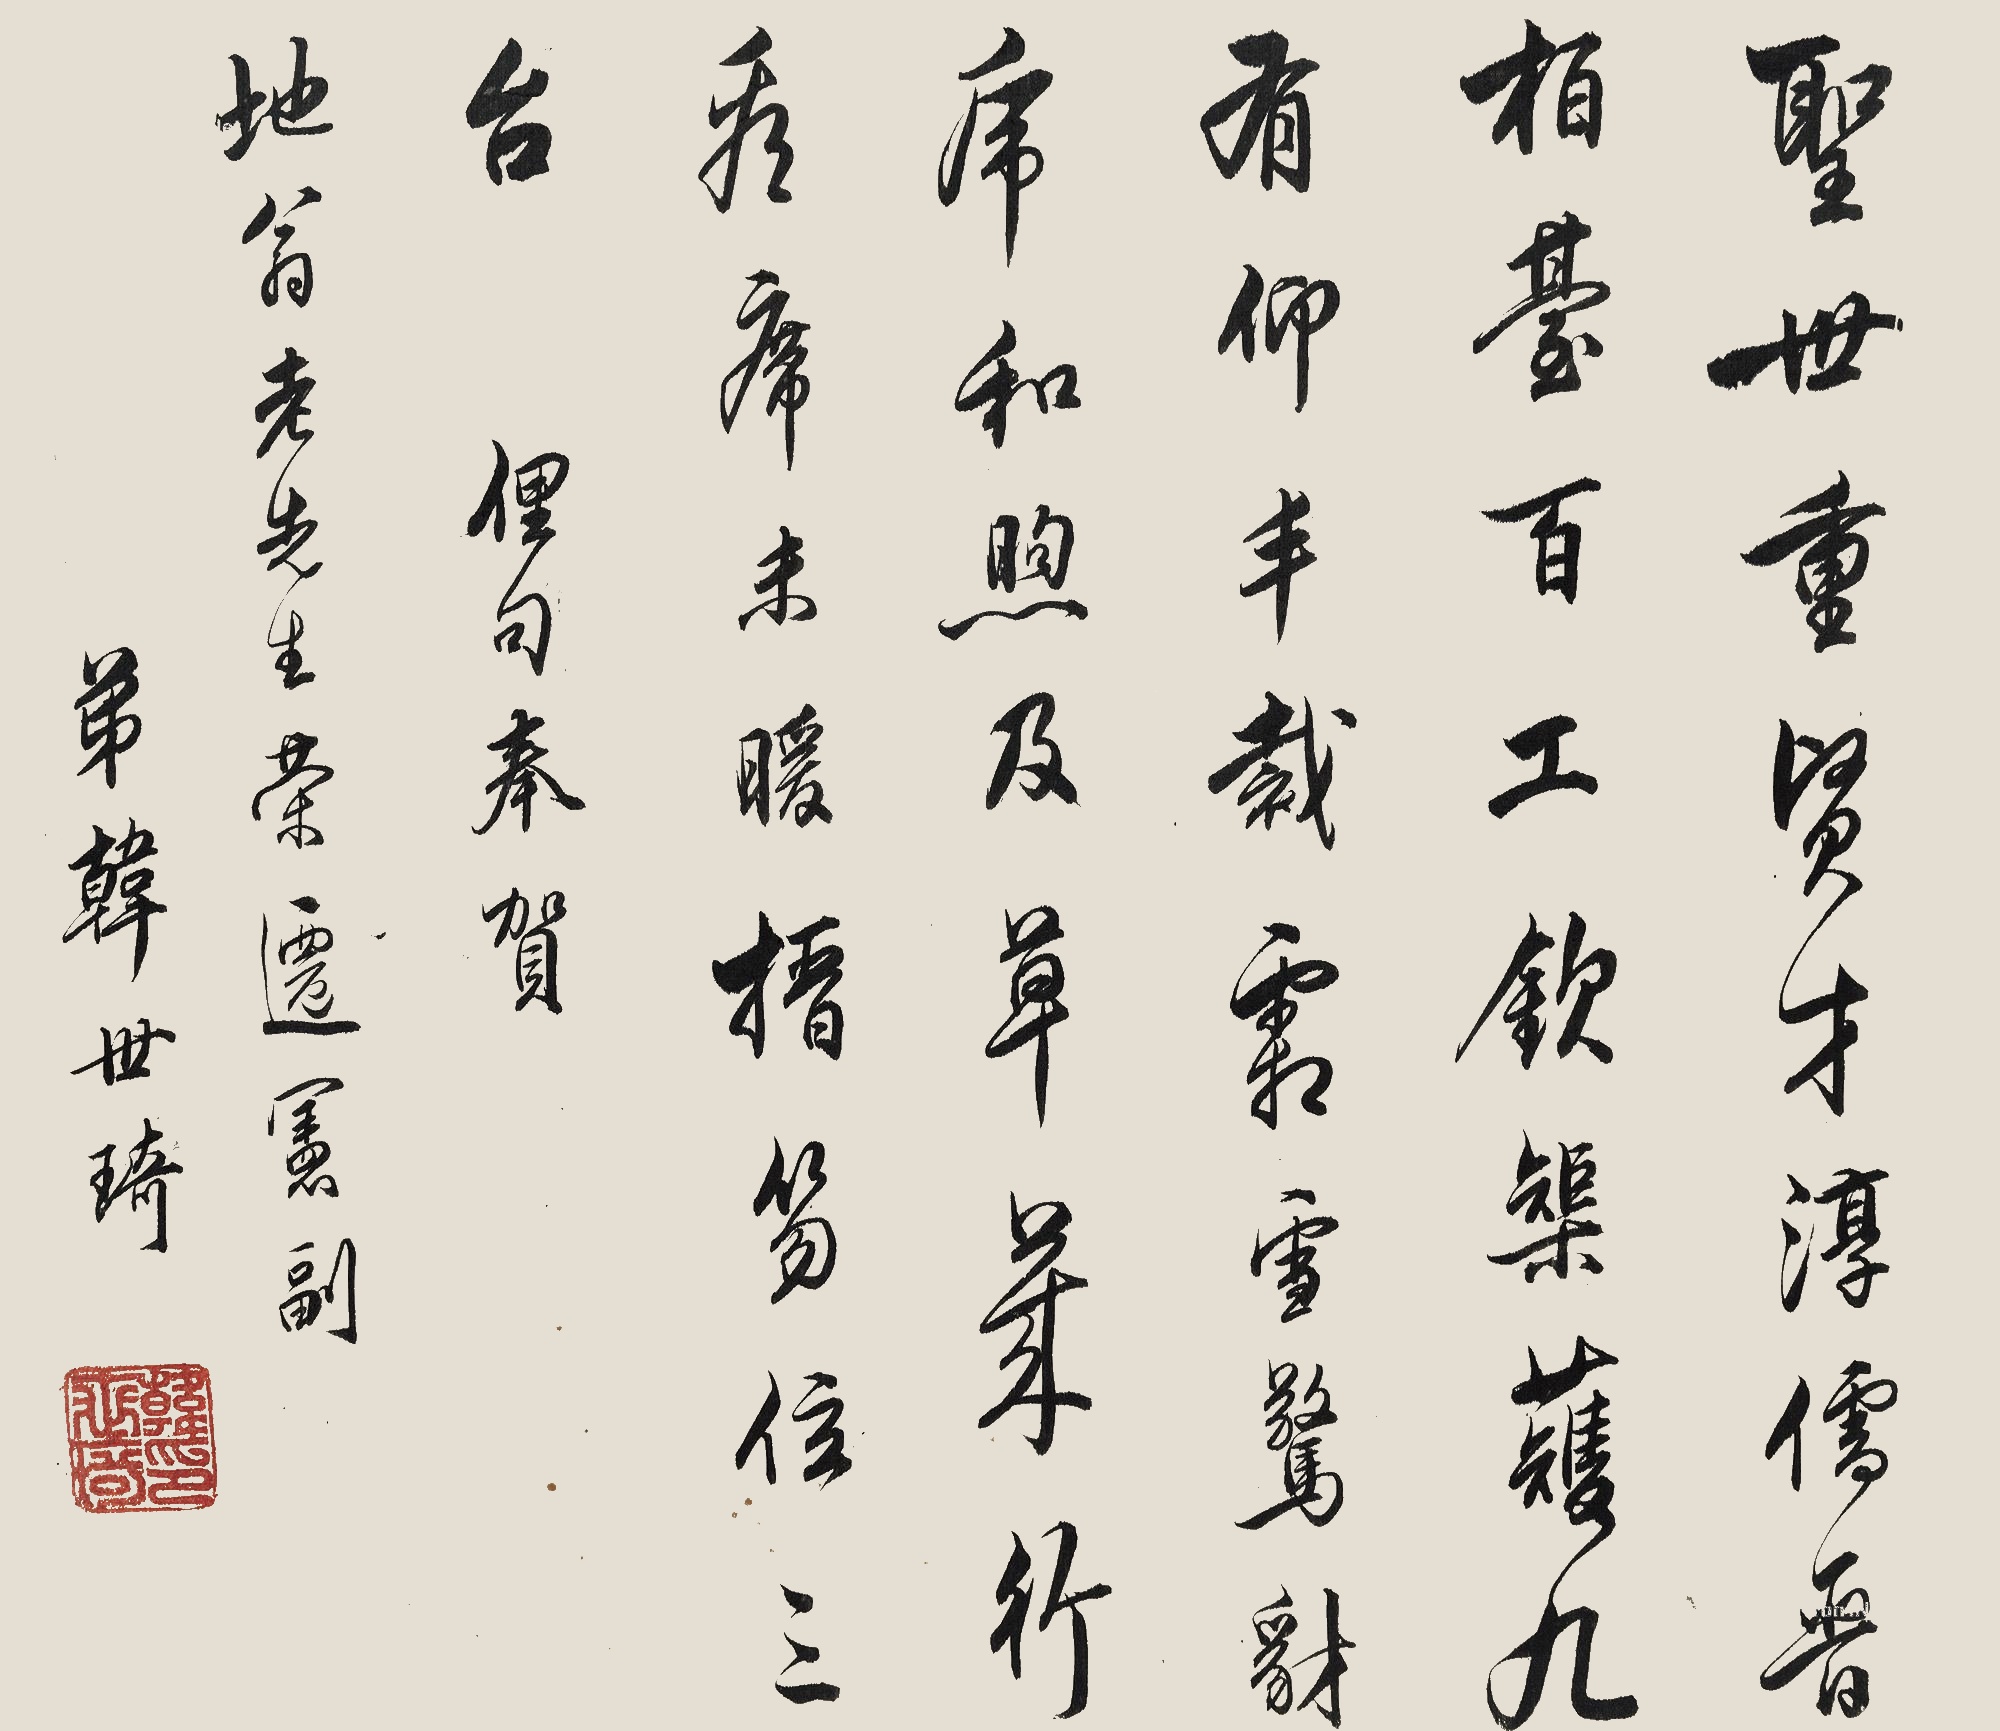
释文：圣世重贤才，澊儒晋柏基。百工钦矩剃，九有仰半载。需雪鹭豺虎，和煦及草岁。行看席未暖，榗笏住三台。俚句奉贺。地翁老先生荣千宪副。弟韩世琦。